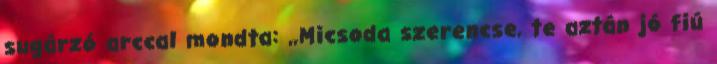
sugárzó arccal mondta: ,,Micsoda szerencse, te aztán jó fiú